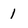
Character: 1